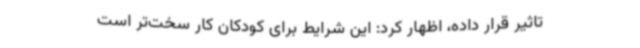
تاثیر قرار داده، اظهار کرد: این شرایط برای کودکان کار سخت‌تر است‌